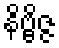
နိဗ္ဗိဇ္ဇ